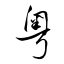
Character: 粤